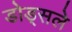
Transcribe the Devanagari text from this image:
डोड्सले